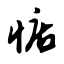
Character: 惦